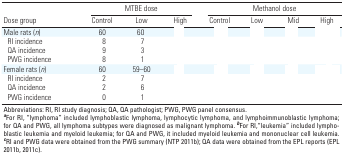
<table><thead><tr><td rowspan="2"><b>Dose group</b></td><td colspan="3"><b>MTBE dose</b></td><td colspan="4"><b>Methanol dose</b></td></tr><tr><td><b>Control</b></td><td><b>Low</b></td><td><b>High</b></td><td><b>Control</b></td><td><b>Low</b></td><td><b>Mid</b></td><td><b>High</b></td></tr></thead><tbody><tr><td><b>Male rats (<i>n</i>)</b></td><td>60</td><td>60</td><td>[EMPTY_CELL]</td><td>[EMPTY_CELL]</td><td>[EMPTY_CELL]</td><td>[EMPTY_CELL]</td><td>[EMPTY_CELL]</td></tr><tr><td><b>RI incidence</b></td><td>8</td><td>7</td><td>[EMPTY_CELL]</td><td>[EMPTY_CELL]</td><td>[EMPTY_CELL]</td><td>[EMPTY_CELL]</td><td>[EMPTY_CELL]</td></tr><tr><td><b>QA incidence</b></td><td>9</td><td>3</td><td>[EMPTY_CELL]</td><td>[EMPTY_CELL]</td><td>[EMPTY_CELL]</td><td>[EMPTY_CELL]</td><td>[EMPTY_CELL]</td></tr><tr><td><b>PWG incidence</b></td><td>8</td><td>1</td><td>[EMPTY_CELL]</td><td>[EMPTY_CELL]</td><td>[EMPTY_CELL]</td><td>[EMPTY_CELL]</td><td>[EMPTY_CELL]</td></tr><tr><td><b>Female rats (<i>n</i>)</b></td><td>60</td><td>59–60</td><td>[EMPTY_CELL]</td><td>[EMPTY_CELL]</td><td>[EMPTY_CELL]</td><td>[EMPTY_CELL]</td><td>[EMPTY_CELL]</td></tr><tr><td><b>RI incidence</b></td><td>2</td><td>7</td><td>[EMPTY_CELL]</td><td>[EMPTY_CELL]</td><td>[EMPTY_CELL]</td><td>[EMPTY_CELL]</td><td>[EMPTY_CELL]</td></tr><tr><td><b>QA incidence</b></td><td>2</td><td>6</td><td>[EMPTY_CELL]</td><td>[EMPTY_CELL]</td><td>[EMPTY_CELL]</td><td>[EMPTY_CELL]</td><td>[EMPTY_CELL]</td></tr><tr><td><b>PWG incidence</b></td><td>0</td><td>1</td><td>[EMPTY_CELL]</td><td>[EMPTY_CELL]</td><td>[EMPTY_CELL]</td><td>[EMPTY_CELL]</td><td>[EMPTY_CELL]</td></tr><tr><td colspan="8">Abbreviations: RI, RI study diagnosis; QA, QA pathologist; PWG, PWG panel consensus. <sup><i><b>a</b></i></sup>For RI, “lymphoma” included lymphoblastic lymphoma, lymphocytic lymphoma, and lympho­immuno­blastic lymphoma; for QA and PWG, all lymphoma subtypes were diagnosed as malignant lymphoma. <sup><i><b>b</b></i></sup>For RI,“leukemia” included lymphoblastic leukemia and myeloid leukemia; for QA and PWG, it included myeloid leukemia and mononuclear cell leukemia. <sup><i><b>c</b></i></sup>RI and PWG data were obtained from the PWG summary (NTP 2011b); QA data were obtained from the EPL reports (EPL 2011b, 2011c). </td></tr></tbody></table>